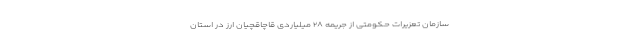
سازمان تعزیرات حکومتی از جریمه ۲۸ میلیاردی قاچاقچیان ارز در استان